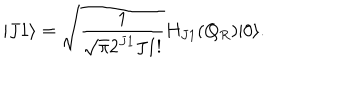
LaTeX: | J 1 \rangle = \sqrt { \frac { 1 } { \sqrt { \pi } 2 ^ { J 1 } J 1 ! } } H _ { J 1 } ( Q _ { R } ) | 0 \rangle .